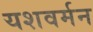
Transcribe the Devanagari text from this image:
यशवर्मन